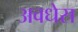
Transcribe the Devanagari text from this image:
अवधेस